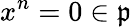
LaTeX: x^{n}=0\in{\mathfrak{p}}